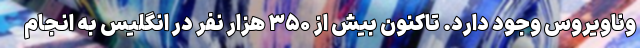
وناویروس وجود دارد. تاکنون بیش از ۳۵۰ هزار نفر در انگلیس به انجام